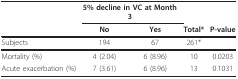
|  | <COLSPAN=2> 5% decline in VC at Month 3 |  |  |
 |  | No | Yes | Total* | P-value |
 | --- | --- | --- | --- | --- |
 | Subjects | 194 | 67 | 261* |  |
 | Mortality (%) | 4 (2.04) | 6 (8.96) | 10 | 0.0203 |
 | Acute exacerbation (%) | 7 (3.61) | 6 (8.96) | 13 | 0.1031 |